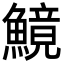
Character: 𩺿